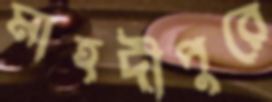
মাহদীপুরে